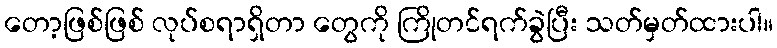
တော့ဖြစ်ဖြစ် လုပ်စရာရှိတာ တွေကို ကြိုတင်ရက်ခွဲပြီး သတ်မှတ်ထားပါ။